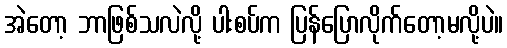
အဲတော့ ဘာဖြစ်သလဲလို့ ပါးစပ်က ပြန်ပြောလိုက်တော့မလို့ပဲ။